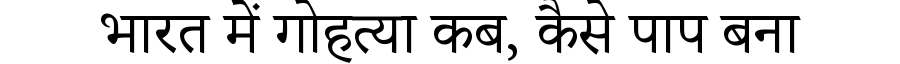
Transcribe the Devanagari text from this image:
भारत में गोहत्या कब, कैसे पाप बना